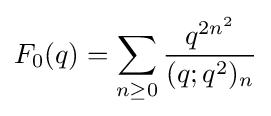
F_{0}(q)=\sum _{n\geq 0}{\frac {q^{2n^{2}}}{(q;q^{2})_{n}}}